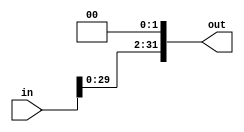
module ShiftLeft2_32(
    input [31:0] in,
    output [31:0] out
);
    // Desplazar la entrada 2 bits a la izquierda
    assign out = in << 2;
endmodule